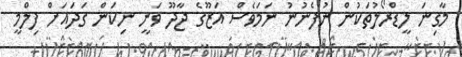
މާގިނަ ލީޑްރޯލުތަކުން ނުފެނުނު ނަމަވެސް އަޒޫގެ ޖާދޫ ވަނީ ނިކަން ގަދައަށް ފިލްމީ